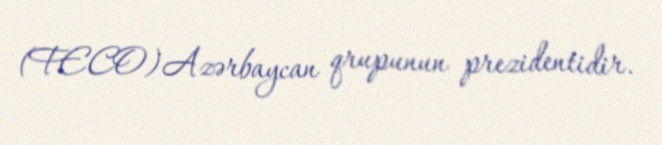
(FECO)Azərbaycan qrupunun prezidentidir.